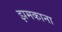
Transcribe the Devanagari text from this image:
झमकाना